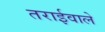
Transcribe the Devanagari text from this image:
तराईवाले